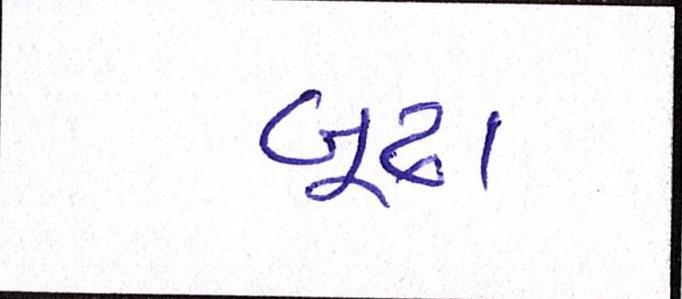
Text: બૂઢા